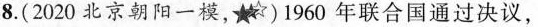
8.(2020北京朝阳一模，\star \star \star )1960年联合国通过决议，